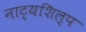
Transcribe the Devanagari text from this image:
नाट्यशिल्प